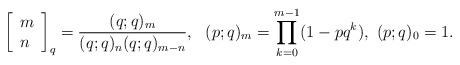
\begin{align*}\left[ \begin{array}{l}m\\n\end{array}\right]_{q}= \frac {(q;q)_{m}}{(q;q)_{n}(q;q)_{m-n}},~~(p;q)_{m}=\prod_{k=0}^{m-1}(1-pq^{k}), ~ (p;q)_{0}=1.\end{align*}